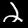
Label: 2